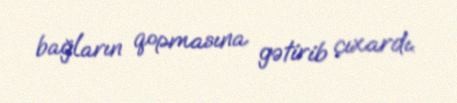
bağların qopmasına gətirib çıxardı.